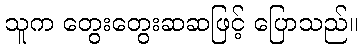
သူက တွေးတွေးဆဆဖြင့် ပြောသည်။